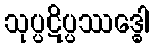
သုပ္ပဋိပ္ပဿဒ္ဓေါ